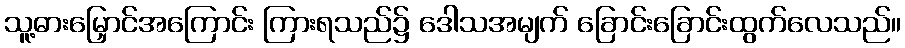
သူ့ဓားမြှောင်အကြောင်း ကြားရသည်၌ ဒေါသအမျက် ခြောင်းခြောင်းထွက်လေသည်။